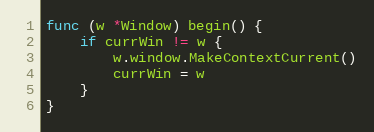
Language: Go
func (w *Window) begin() {
	if currWin != w {
		w.window.MakeContextCurrent()
		currWin = w
	}
}